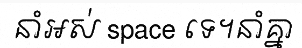
នាំអស់ space ទេ។នាំគ្នា